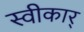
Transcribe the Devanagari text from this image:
स्वीकार्